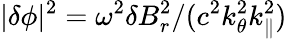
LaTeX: \lvert\delta\phi\rvert^{2}=\omega^{2}\delta B_{r}^{2}/(c^{2}k_{\theta}^{2}k_{\parallel}^{2})